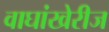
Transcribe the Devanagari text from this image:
वाघांखेरीज